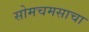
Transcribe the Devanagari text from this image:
सोमचमसाचा